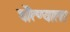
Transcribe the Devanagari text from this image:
चेौत्ण्याला